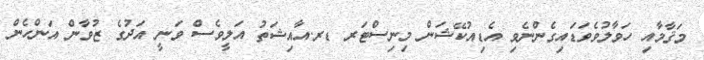
މަޤާމާއި ހަވާލުވެވަޑައިގެންނެވި އެޑިއުކޭޝަން މިނިސްޓަރ ޑރ.އާއިޝަތު އަލީވެސް ވަނީ އަދުގެ ޒުވާން އަންހެން